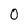
Character: 0